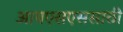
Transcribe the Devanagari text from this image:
आयएसएससाठी